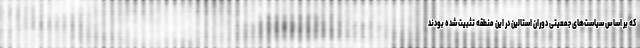
که بر اساس سیاست‌های جمعیتی دوران استالین در این منطقه تثبیت شده بودند